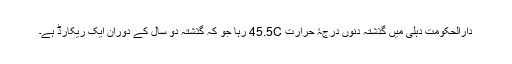
دارالحکومت دہلی میں گذشتہ دنوں درجۂ حرارت 45.5C رہا جو کہ گذشتہ دو سال کے دوران ایک ریکارڈ ہے۔